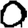
Digit: 0